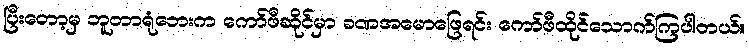
ပြီးတော့မှ ဘူတာရုံဘေးက ကော်ဖီဆိုင်မှာ ခဏအမောဖြေရင်း ကော်ဖီထိုင်သောက်ကြပါတယ်။